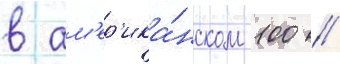
в ам'ер'ика́нском 100 //